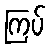
ကြပ်